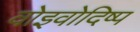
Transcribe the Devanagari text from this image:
वोइवोदिष्प